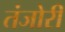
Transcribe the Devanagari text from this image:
तंजोरी